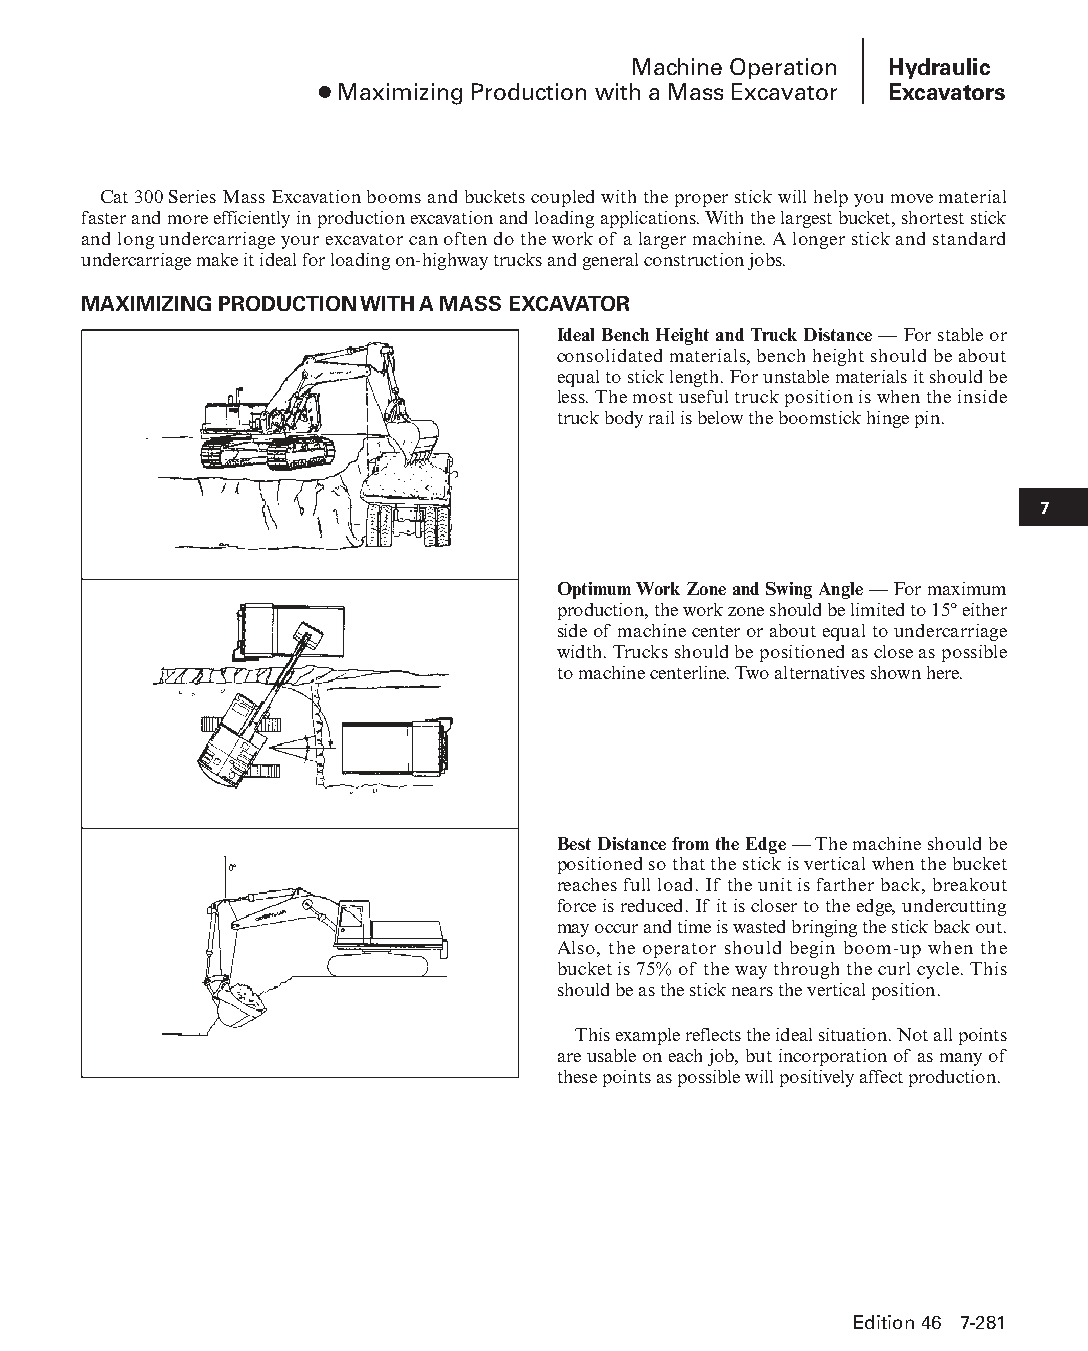
Machine Operation Hydraulic
 ● Maximizing Production with a Mass Excavator Excavators
 Cat 300 Series Mass Excavation booms and buckets coupled with the proper stick will help you move material
 faster and more efficiently in production excavation and loading applications. With the largest bucket, shortest stick
 and long undercarriage your excavator can often do the work of a larger machine. A longer stick and standard
 undercarriage make it ideal for loading on-highway trucks and general construction jobs.
 MAXIMIZING PRODUCTION WITH A MASS EXCAVATOR
 Ideal Bench Height and Truck Distance — For stable or
 consolidated materials, bench height should be about
 equal to stick length. For unstable materials it should be
 less. The most useful truck position is when the inside
 truck body rail is below the boomstick hinge pin.
 7
 Optimum Work Zone and Swing Angle — For maximum
 production, the work zone should be limited to 15° either
 side of machine center or about equal to undercarriage
 width. Trucks should be posi tioned as close as possible
 to machine centerline. Two alternatives shown here.
 Best Distance from the Edge — The machine should be
 positioned so that the stick is vertical when the bucket
 reaches full load. If the unit is farther back, breakout
 force is reduced. If it is closer to the edge, undercutting
 may occur and time is wasted bringing the stick back out.
 Also, the operator should begin boom-up when the
 bucket is 75% of the way through the curl cycle. This
 should be as the stick nears the vertical position.
 This example reflects the ideal situation. Not all points
 are usable on each job, but incorporation of as many of
 these points as possible will positively affect production.
 Edition 46 7-281
 PPHHBB--SSeecc0077--HHyyddrraauulliiccEExxccaavvaattoorrss((ppgg224433--229944))..iinndddd 228811 1122//44//1155 1100::3388 AAMM